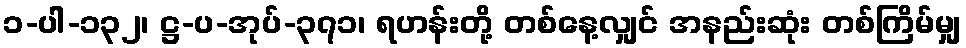
၁-ပါ-၁၃၂၊ ဋ္ဌ-ပ-အုပ်-၃၇၁၊ ရဟန်းတို့ တစ်နေ့လျှင် အနည်းဆုံး တစ်ကြိမ်မျှ